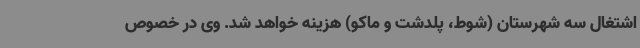
اشتغال سه شهرستان (شوط، پلدشت و ماکو) هزینه خواهد شد. وی در خصوص